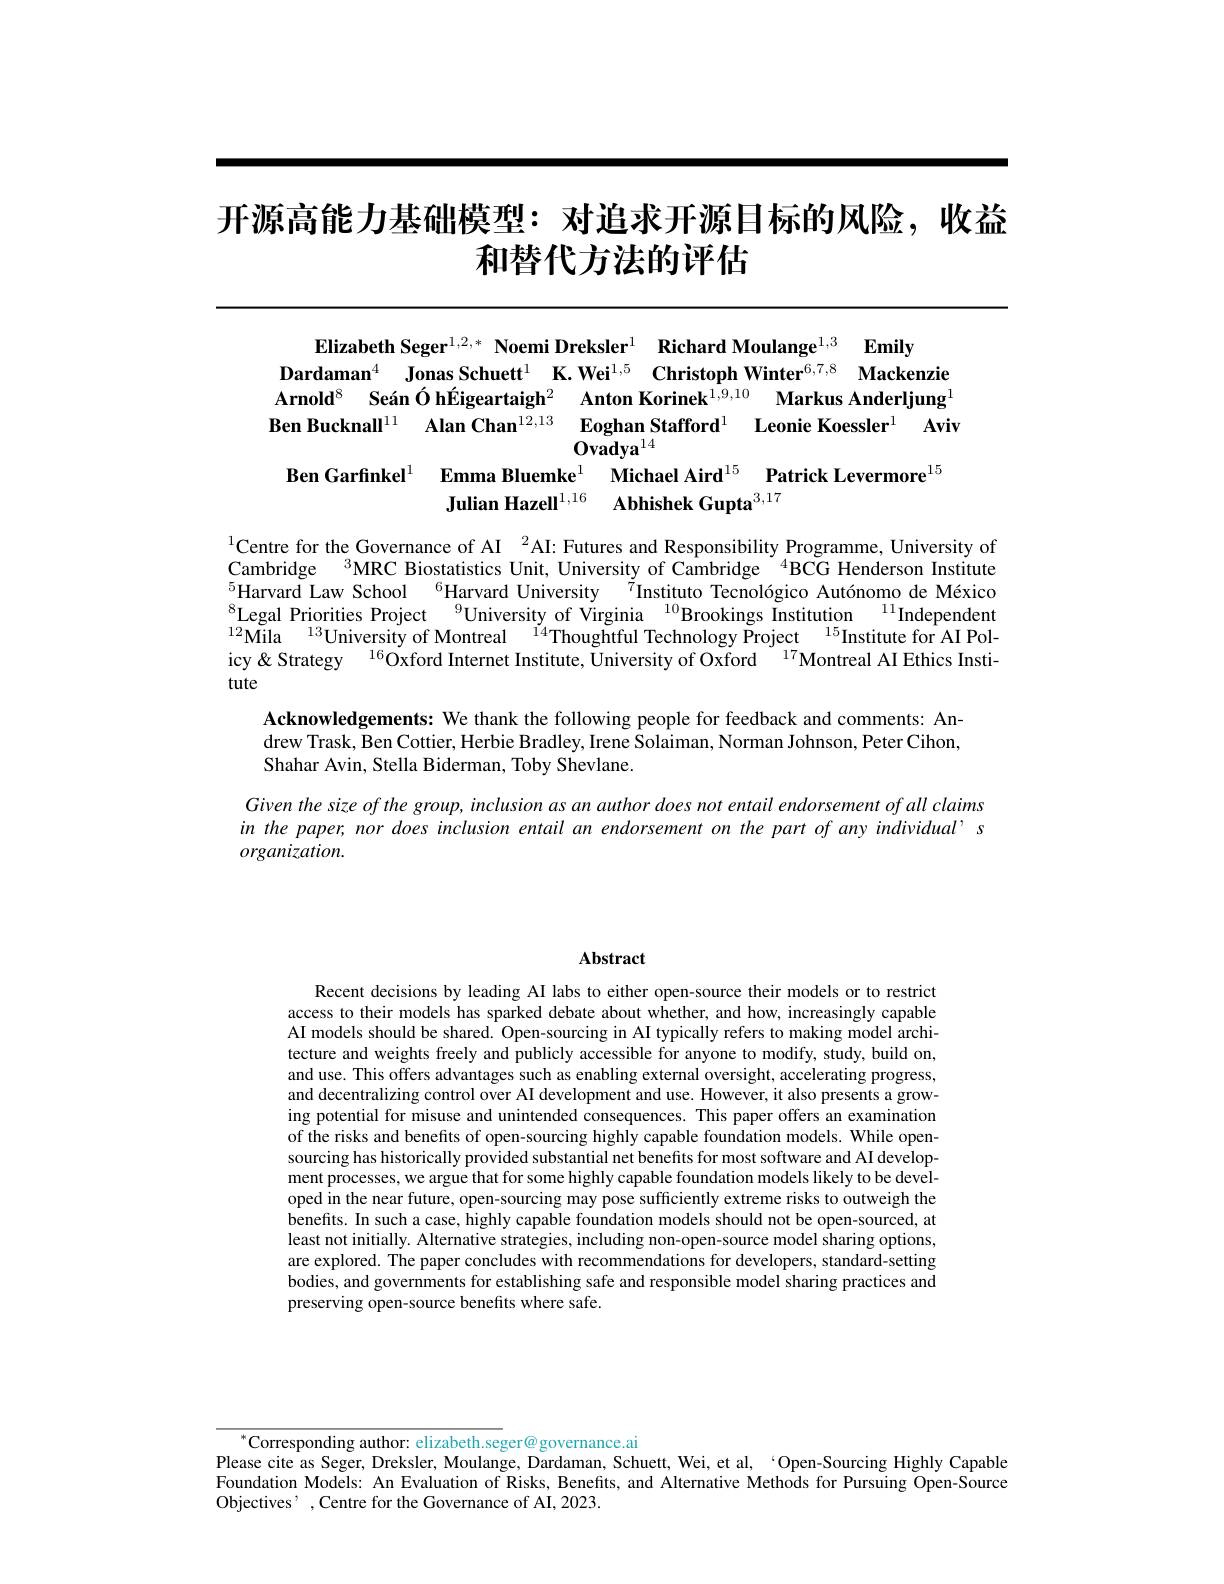
# 开源高能力基础模型：对追求开源目标的风险，收益和替代方法的评估

Elizabeth Seger$^{1,2,*}$ Noemi Dreksler$^1\textbf{RichardMoulange}^{1, 3}\textbf{Emily}$
Dardaman$^{4}$ Jonas Schuett$^{1}\textbf{K.Wei}^{1,5}\textbf{ChristophWinter}^{6,7,8}$ Mackenzie Arnold$^{8}$ Seán Ó hÉigeartaigh$^{2}$ Anton Korinek$^{1,9,10}$ Markus Anderljung$^{1}$ Ben Bucknall$^{11}$ Alan Chan$^{12,13}$ Eoghan Stafford$^{1}$ Leonie Koessler$^{1}$ Aviv
$\tilde{\mathbf{Ovadya}}^{14}$
Ben Garfinkel$^{1}$ Emma Bluemke$^{1}$ Michael Aird$^{15}$ Patrick Levermore$^{15}$
Julian Hazell$^{1, 16}$ $\textbf{Abhishek Gupta}^{3, 17}$

$^{1}$Centre for the Governance of AI$^2$AI: Futures and Responsibility Programme, University of Cambridge $^{3}$MRC Biostatistics Unit, University of Cambridge $^{4}$BCG Henderson Institute $^{5}$Harvard Law School $^{6}$Harvard University$^{\tilde{7}}$Instituto Tecnológico Autónomo de México $^{8}$Legal Priorities Project$^{9}$University of Virginia$^{10}$Brookings Institution$^{11}$Independent $^{12}$Mila$^{13}$University of Montreal$^{14}$Thoughtful Technology Project$^{15}$Institute for AI Policy&Strategy $^{16}$Oxford Internet Institute, University of Oxford $^{17}$Montreal AI Ethics Institute
Acknowledgements: We thank the following people for feedback and comments: Andrew Trask, Ben Cottier, Herbie Bradley, Irene Solaiman, Norman Johnson, Peter Cihon, Shahar Avin, Stella Biderman, Toby Shevlane.
Given the size of the group, inclusion as an author does not entail endorsement of all claims in the paper, nor does inclusion entail an endorsement on the part of any individual' s $organization.$

### Abstract

Recent decisions by leading AI labs to either open-source their models or to restrict access to their models has sparked debate about whether, and how, increasingly capable AI models should be shared. Open-sourcing in AI typically refers to making model architecture and weights freely and publicly accessible for anyone to modify, study, build on, and use. This offers advantages such as enabling external oversight, accelerating progress and decentralizing control over AI development and use. However, it also presents a growing potential for misuse and unintended consequences. This paper offers an examination of the risks and benefits of open-sourcing highly capable foundation models. While opensourcing has historically provided substantial net benefits for most software and AI development processes, we argue that for some highly capable foundation models likely to be developed in the near future, open-sourcing may pose sufficiently extreme risks to outweigh the benefits. In such a case, highly capable foundation models should not be open-sourced, at least not initially. Alternative strategies, including non-open-source model sharing options, are explored. The paper concludes with recommendations for developers, standard-setting bodies, and governments for establishing safe and responsible model sharing practices and preserving open-source benefits where safe.

$^{*}$Corresponding author: elizabeth.seger@governance.ai
Please cite as Seger, Dreksler, Moulange, Dardaman, Schuett, Wei, et al, ‘Open-Sourcing Highly Capable Foundation Models: An Evaluation of Risks, Benefits, and Alternative Methods for Pursuing Open-Source Objectives' , Centre for the Governance of AI, 2023.